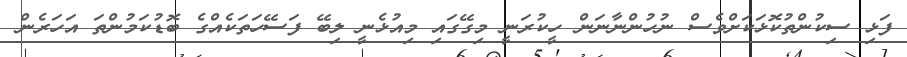
ފަޅި ސިކުންތުކޮޅަކަށްވެސް ނުހުންނާނަން ހީކުރަނީ މިގޭގައި މިއުޅެނީ ލިބޭ ފަސޭހަތަކެއްގެ ބޮޑުކަމުންތަ އަހަރެން